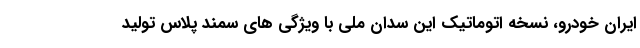
ایران خودرو، نسخه اتوماتیک این سدان ملی با ویژگی های سمند پلاس تولید